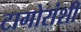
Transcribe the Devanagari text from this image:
टागोरांशी